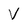
Character: V